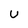
Character: U